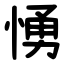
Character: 愑